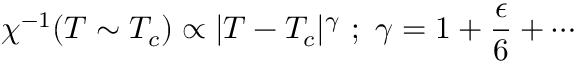
\chi ^ { - 1 } ( T \sim T _ { c } ) \propto | T - T _ { c } | ^ { \gamma } ~ ; ~ \gamma = 1 + \frac { \epsilon } { 6 } + \cdots